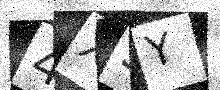
Text: 4X3Y